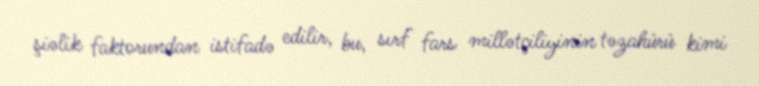
şiəlik faktorundan istifadə edilir, bu, sırf fars millətçiliyinin təzahürü kimi